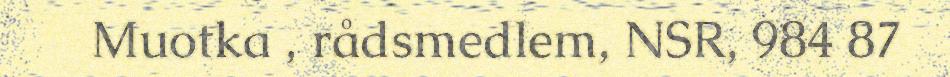
Muotka , rådsmedlem, NSR, 984 87